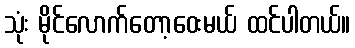
သုံး မိုင်လောက်တော့ဝေးမယ် ထင်ပါတယ်။